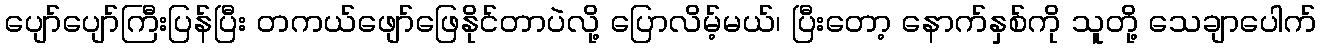
ပျော်ပျော်ကြီးပြန်ပြီး တကယ်ဖျော်ဖြေနိုင်တာပဲလို့ ပြောလိမ့်မယ်၊ ပြီးတော့ နောက်နှစ်ကို သူတို့ သေချာပေါက်